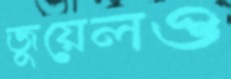
জুয়েলও